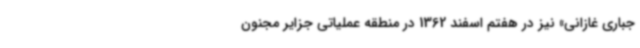
جباری غازانی» نیز در هفتم اسفند 1362 در منطقه عملیاتی جزایر مجنون